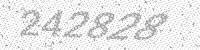
Solution: 242828